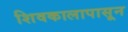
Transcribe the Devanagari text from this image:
शिवकालापासून